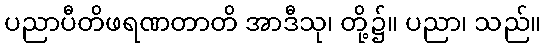
ပညာပီတိဖရဏတာတိ အာဒီသု၊ တို့၌။ ပညာ၊ သည်။